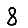
Digit: 8